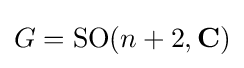
G=\operatorname {SO} (n+2,\mathbf {C} )